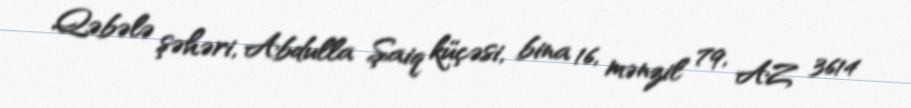
Qəbələ şəhəri, Abdulla Şaiq küçəsi, bina 16, mənzil 79, AZ 3614